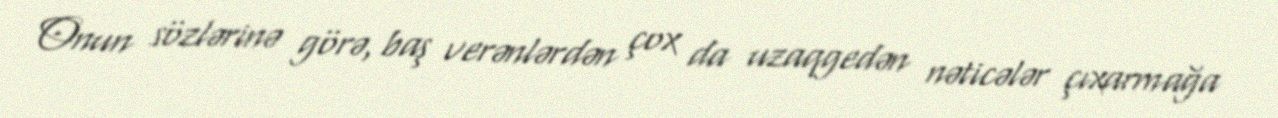
Onun sözlərinə görə, baş verənlərdən çox da uzaqgedən nəticələr çıxarmağa